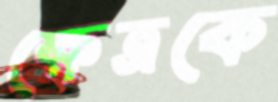
ক্ষেত্রকে